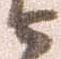
ニ